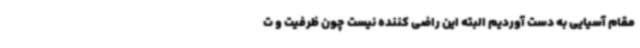
مقام آسیایی به دست آوردیم البته این راضی کننده نیست چون ظرفیت و ت